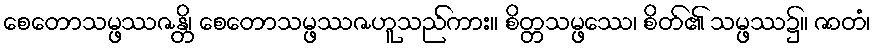
စေတောသမ္ဖဿဇန္တိ၊ စေတောသမ္ဖဿဇဟူသည်ကား။ စိတ္တသမ္ဖဿေ၊ စိတ်၏ သမ္ဖဿ၌။ ဇာတံ၊